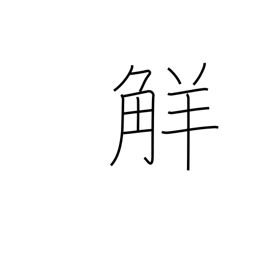
Meaning: understanding